Sanitation, dispensaries and jails vaccination Rajputana 1922-1927 - 1922-1927
Year: 1922
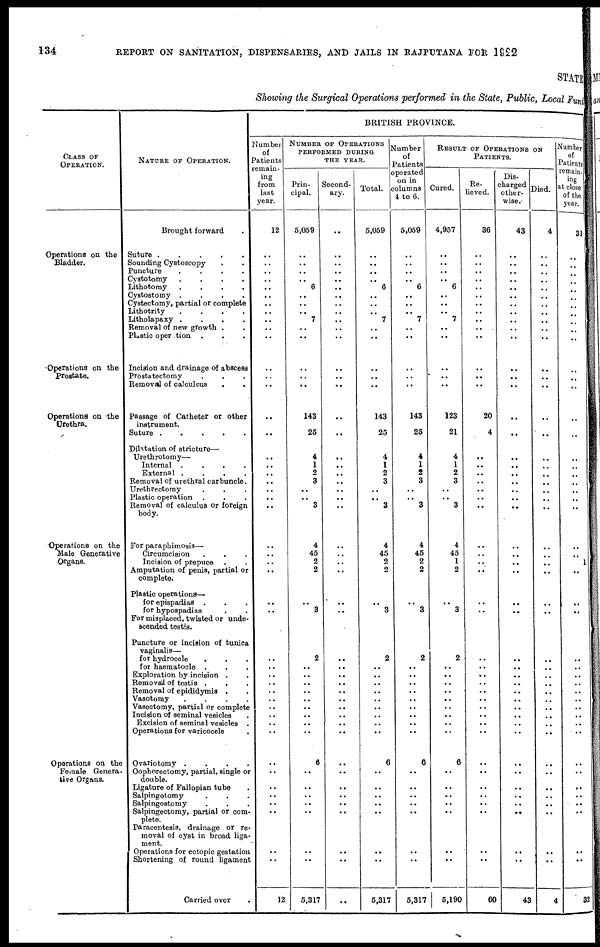
134
REPORT ON SANITATION, DISPENSARIES, AND JAILS IN RAJPUTANA FOR 1922
STATE
Showing the Surgical Operations performed in the State, Public, Local Fund
CLASS OF
OPERATION.
Operations on the
Bladder.
Operations on the
Prostate.
Operations on the
Urethra.
Operations on the
Male Generative
Organs.
Operations on the
Female Genera-
tive Organs.
NATURE OF OPERATION.
Brought forward
.
Suture .
.
.
.
.
Sounding Cystoscopy
.
Puncture
.
.
.
.
Cystotomy
.
.
.
.
Lithotomy
.
.
.
.
Cystostomy .
.
.
.
Cystectomy, partial or complete
Lithotrity
. . . .
Litholapaxy .
.
.
.
Removal of new growth .
Plastic operation . . .
Incision and drainage of abscess
Prostatectomy
.
.
.
Removal of calculcus . .
Passage of Catheter or other
instrument.
Suture .
.
.
.
.
Dilatation of stricture—
Urethrotomy—
Internal .
.
.
.
External .
.
.
.
Removal of urethral carbuncle.
Urethrectomy . . .
Plastic operation . . .
Removal of calculus or foreign
body.
For paraphimosis—
Circumcision . . .
Incision of prepuce . .
Amputation of penis, partial or
complete.
Plastic operations—
for epispadias . . .
for hypospadias . .
For misplaced, twisted or unde¬
scended testis.
Puncture or incision of tunica
vaginalis—
for hydrocele . . .
for haematocle . . .
Exploration by incision .
Removal of testis . . .
Removal of epididymis .
Vasotomy
.
.
.
.
Vasectomy, partial or complete
Incision of seminal vesicles .
Excision of seminal vesicles .
Operations for varicocele .
Ovariotomy
.
.
.
.
Oophorectomy, partial, single or
double.
Ligature of Fallopian tube .
Salpingotomy . . .
Salpingostomy . . .
Salpingectomy, partial or com-
plete.
Paracentesis, drainage or re-
moval of cyst in broad liga-
ment.
Operations for ectopic gestation
Shortening of round ligament
Carried over .
BRITISH PROVINCE.
Number
of
Patients
remain¬
ing
from
last
year.
12
..
..
..
..
..
..
..
..
..
..
..
..
..
..
..
..
..
..
..
..
..
..
..
..
..
..
..
..
..
..
..
..
..
..
..
..
..
..
..
..
..
..
..
..
..
..
..
..
..
..
..
12
NUMBER OF OPERATIONS
PERFORMED DURING
THE YEAR.
Prin¬
cipal.
5,059
..
..
..
..
6
..
..
..
7
..
..
..
..
..
143
25
4
1
2
3
..
..
3
4
45
2
2
..
..
3
..
..
2
..
..
..
..
..
..
..
..
..
6
..
..
..
..
..
..
..
..
5,317
Second-
ary.
..
..
..
..
..
..
..
..
..
..
..
..
..
..
..
..
..
..
..
..
..
..
..
..
..
..
..
..
..
..
..
..
..
..
..
..
..
..
..
..
..
..
..
..
..
..
..
..
..
..
..
..
..
Total.
5,059
..
..
..
..
6
..
..
..
7
..
..
..
..
..
143
25
4
1
2
3
..
..
3
4
45
2
2
..
..
3
..
..
2
..
..
..
..
..
..
..
..
..
6
..
..
..
..
..
..
..
..
5,317
Number
of
Patients
operated
on in
columns
4 to 6.
5,059
..
..
..
..
6
..
..
..
7
..
..
..
..
..
143
25
4
1
2
3
..
..
3
4
45
2
2
..
..
3
..
..
2
..
..
..
..
..
..
..
..
..
6
..
..
..
..
..
..
..
..
5,317
RESULT OF OPERATIONS ON
PATIENTS.
Cured.
4,957
..
..
..
..
6
..
..
..
7
..
..
..
..
..
123
21
4
1
2
3
..
..
3
4
45
1
2
..
..
3
..
..
2
..
..
..
..
..
..
..
..
..
6
..
..
..
..
..
..
..
..
5,190
Re¬
lieved.
36
..
..
..
..
..
..
..
..
..
..
..
..
..
..
20
4
..
..
..
..
..
..
..
..
..
..
..
..
..
..
..
..
..
..
..
..
..
..
..
..
..
..
..
..
..
..
..
..
..
..
..
60
Dis-
charged
other-
wise .
43
..
..
..
..
..
..
..
..
..
..
..
..
..
..
..
..
..
..
..
..
..
..
..
..
..
..
..
..
..
..
..
..
..
..
..
..
..
..
..
..
..
..
..
..
..
..
..
...
..
..
..
43
Died.
4
..
..
..
..
..
..
..
..
..
..
..
..
..
..
..
..
..
..
..
..
..
..
..
..
..
..
..
..
..
..
..
..
..
..
..
..
..
..
..
..
..
..
..
..
..
..
..
..
..
..
..
4
Number
of
Patients
remain¬
ing
at close
of the
year.
31
..
..
..
..
..
..
..
..
..
..
..
..
..
..
..
..
..
..
..
..
..
..
..
..
..
1
..
..
..
..
..
..
..
..
..
..
..
..
..
..
..
..
..
..
..
..
..
..
..
..
..
32